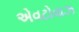
એવટોવાઝ